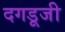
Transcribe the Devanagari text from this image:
दगडूजी